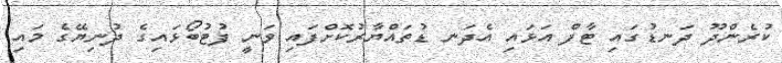
ކުރެންދޫ ދަނޑުގައި ޓާފް އަޅައި އެދަނ ޑުތައްޔާރުކޮށްފައި ވަނީ ފުޓުބޯޅައިގެ ދުނިޔޭގެ މައި